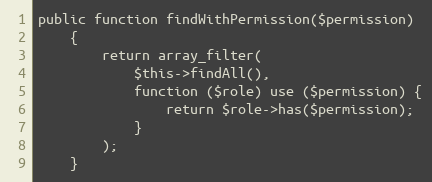
Language: PHP
public function findWithPermission($permission)
    {
        return array_filter(
            $this->findAll(),
            function ($role) use ($permission) {
                return $role->has($permission);
            }
        );
    }